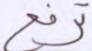
ترفع